Lunatic asylums Punjab 1881-1894 - 1881-1894
Year: 1881
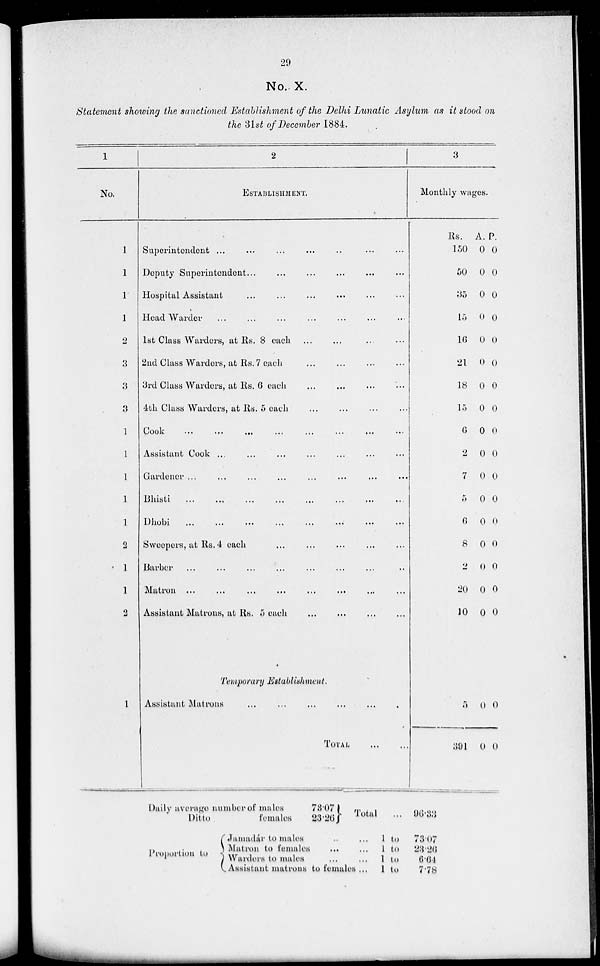
29
No. X.
Statement showing the sanctioned Establishment of the Delhi Lunatic Asylum as it stood on
the 31st of December 1884.
1
No.
1
1
1
1
2
3
3
3
1
1
1
1
1
2
1
1
2
1
2
ESTABLISHMENT.
Superintendent ... ... ... ... ...
Deputy Superintendent... ... ... ... ... ...
Hospital Assistant
...
...
...
...
...
Head Warder
...
...
...
...
...
1st Class Warders, at Rs. 8 each
...
...
...
...
2nd Class Warders, at Rs. 7 eacli
...
...
...
...
3rd Class Warders, at Rs. 6 each
...
...
...
...
4th Class Warders, at Rs. 5 each
...
...
...
...
Cook
...
...
...
...
...
...
...
...
Assistant Cook ... ...
..
...
...
...
Gardener ... ... ... ... ... ...
Bhisti
...
...
...
...
...
...
...
...
Dhobi ... ... ... ... ... ... ... ...
Sweepers, at Rs. 4 each ... ... ... ... ...
Barbor
...
...
...
...
...
...
...
Matron
...
...
...
...
...
...
...
...
Assistant Matrons, at Rs. 5 each
...
...
...
...
Temporary Establishment.
Assistant Matrons ... ... ... ... ...
TOTAL
...
...
3
Monthly wages.
Rs.
150
50
35
15
16
21
18
15
6
2
7
5
6
8
2
20
10
A.
0
0
0
0
0
0
0
0
0
0
0
0
0
0
0
0
0
p.
0
0
0
0
0
0
0
0
0
0
0
0
0
0
0
0
0
5
391
0
0
0
0
Daily average number of males
Ditto
females
78.07
93.26
Total ... 96.33
Proportion to
Jamadár to males
Matron to females
Warders to males
Assistant matrons to females ...
1 to
1 to
1 to
1 to
73.07
28.26
6.64
7.78